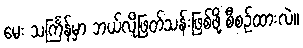
မေး သင်္ကြန်မှာ ဘယ်လိုဖြတ်သန်းဖြစ်ဖို့ စီစဉ်ထားလဲ။